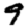
Digit: 9